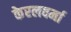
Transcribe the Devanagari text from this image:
केरलवर्मा